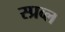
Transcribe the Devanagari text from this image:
स्प्रव्ल